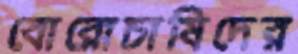
বোরোচাষিদের